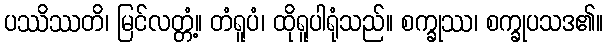
ပဿိဿတိ၊ မြင်လတ္တံ့။ တံရူပံ၊ ထိုရူပါရုံသည်။ စက္ခုဿ၊ စက္ခုပသဒ၏။